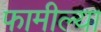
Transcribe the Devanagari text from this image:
फामील्या